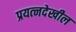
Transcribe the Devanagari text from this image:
प्रयत्‍नदेखील